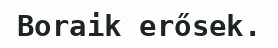
Boraik erősek.